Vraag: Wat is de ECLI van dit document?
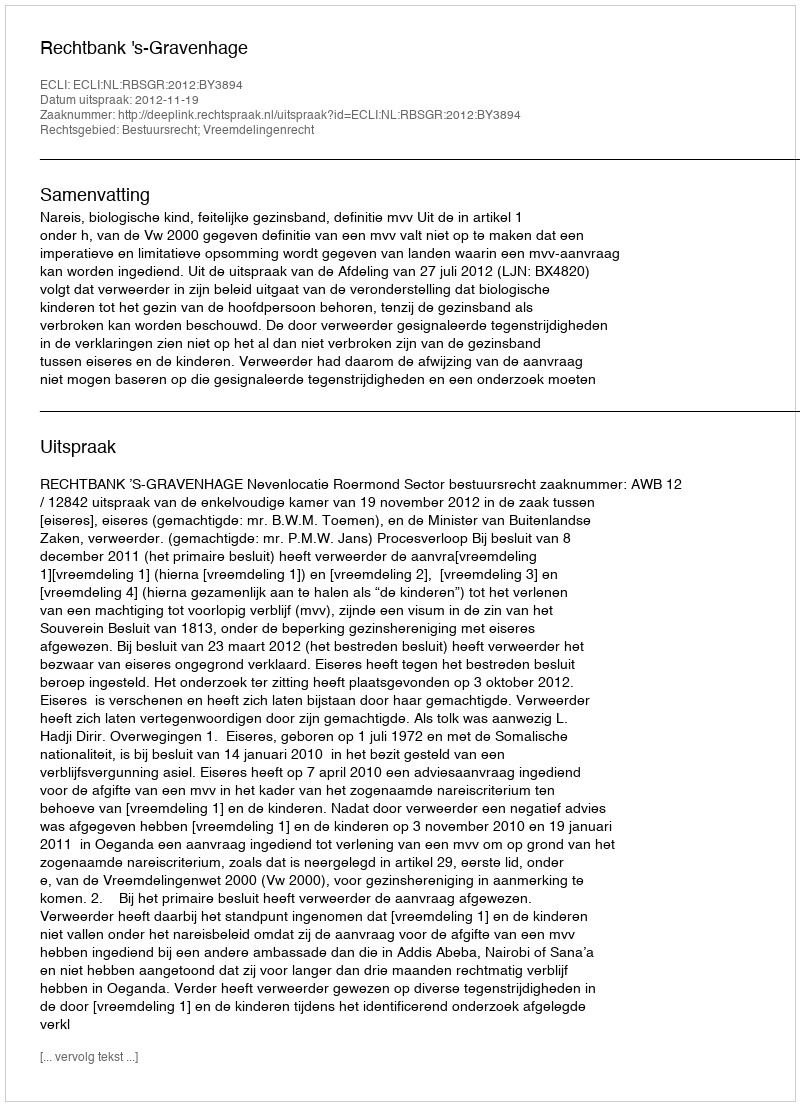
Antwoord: ECLI:NL:RBSGR:2012:BY3894